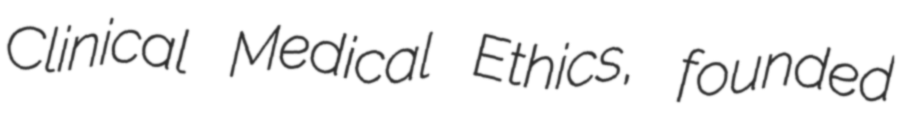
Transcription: Clinical Medical Ethics, founded